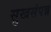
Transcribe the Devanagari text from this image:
सुखसंपन्न